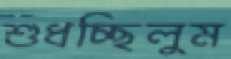
শুধচ্ছিলুম